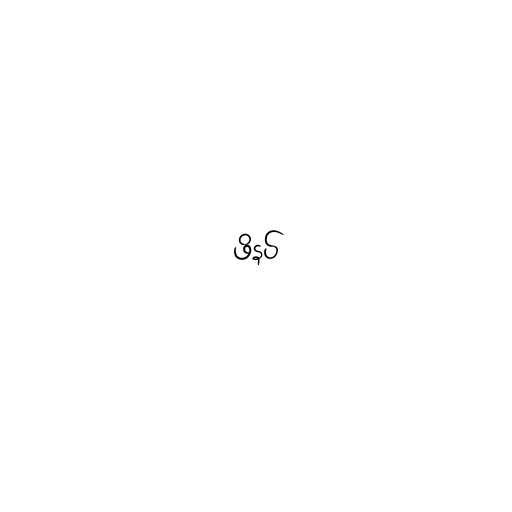
ဖိနပ်